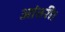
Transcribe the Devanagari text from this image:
आंतरी।